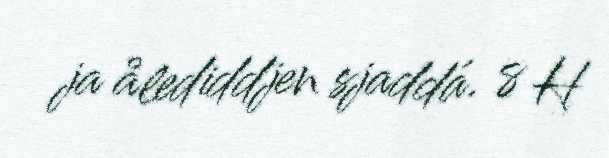
ja ålediddjen sjaddá. 8 H